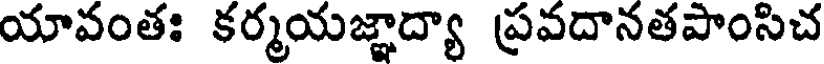
యావంతః కర్మయజ్ఞాద్యా ప్రవదానతపాంసిచ